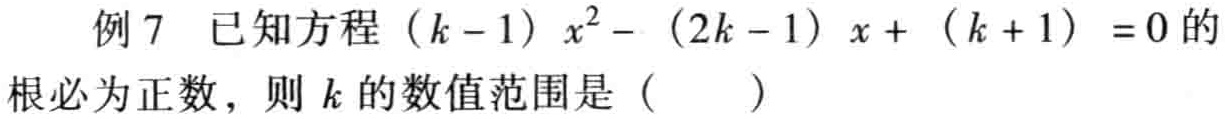
例 7 已知方程\((k - 1)x^{2}-(2k - 1)x+(k + 1)=0\)的根必为正数，则\(k\)的数值范围是（  ）